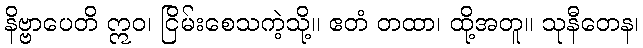
နိဗ္ဗာပေတိ ဣဝ၊ ငြိမ်းစေသကဲ့သို့။ ဧတံ တထာ၊ ထို့အတူ။ သုနီတေန၊